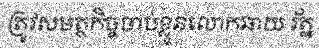
ត្រូវសមត្ថកិច្ចចាប់ខ្លួនលោកឆាយ រ័ត្ន